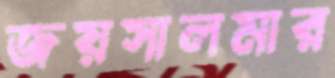
জয়সালমার